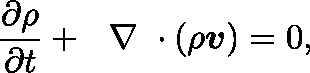
\frac { \partial \rho } { \partial t } + \mathrm { ~ \boldmath ~ \nabla ~ } \cdot ( \rho \boldsymbol { v } ) = 0 ,